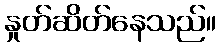
နှုတ်ဆိတ်နေသည်။